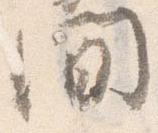
間